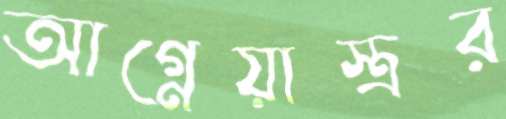
আগ্নেয়াস্ত্রর